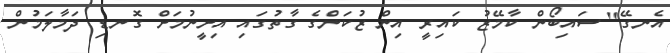
އެނގޭ" ސައިބޯން ކާމޭޒު ކައިރީ އިން ޒުކަންގެ ގާތުގައި އިށީނުމަށް ގޮނޑި ދަމާލަމުން